Report on certain features of malaria in the island of Salsette
Disease focus: Malaria
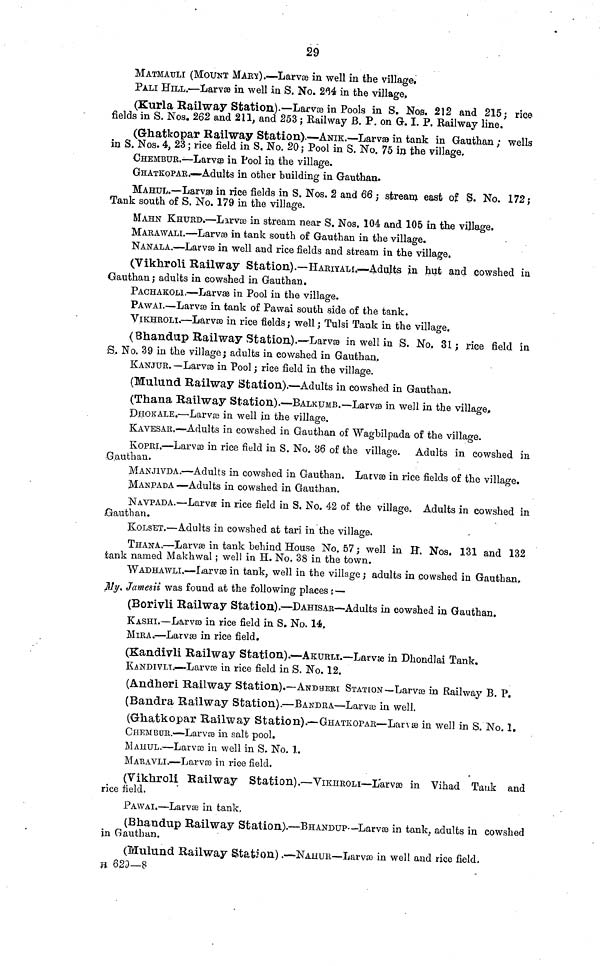
29
MATMAULI (MOUNT MART;).—Larvœ in well in the village,
PALI HILL.—Larvae in well in S. No. 234 in the village,
(Kurla Railway Station).—Larvae in Pools in S. Nog. 212 and 215 ; rice
fields in S. Nos. 262 and 211, and 253 ; Railway B. P. on G-. I. P. Railway line.
(Ghatkopar K ail way Station).—ANIK.—Larva in tank in Gauthan ; wells
in S. Nos. 4, 23 ; rice field in S. No. 20 ; Pool in S. No. 75 in the village,
CHEMBUR.—Larvae in Pool in the village.
GHATKOPAR.—Adults in other building in Gauthan.
MAHUL.--Larvae in rice fields in S. Nos. 2 and 66 ; stream east of S. No. 172;
Tank south of S. No. 179 in the village.
MAHN KHURD.—Larvae in stream near S. Nos. 104 and 105 in the village.
MARAWALI.—Larvœ in tank south of Gauthan in the village.
NANALA.—Larvœ in well and rice fields and stream in the village.
(Vikhroli Railway Station).—HARIYALI.—Adujts in hut and cowshed in
Gauthan ; adults in cowshed in Gauthan.
PACHAKOLI,—Larvae in Pool in the village.
PA WAI.—Larvse in tank of Pawai south side of the tank.
VIKHROLI.—Larvae in rice fields ; well ; Tulsi Tank in the village.
(Bhandup Railway Station).--Larvœ in well in S. No. 81; rice field in
S. No. 39 in the village; adults in cowshed in Gauthan.
KANJUR. —Larvée in Pool ; rice field in the village.
(Mulund Railway Station).—Adults in cowshed in Gauthan.
(Thana Railway Station).—BALKUMB.—Larvae in well in the village,
DHOKALE.—Larvœ in well in the village.
KAVESAR.—Adults in cowshed in Gauthan of Wagbilpada of the village.
KOPRI.—Larvœ in rice field in S. No. 86 of the village. Adults in cowshed in
G.authan.
MANJIVDA.—Adults in cowshed in Gauthan. Larvse in rice fields of the village.
M AN PAD A —Adults in cowshed in Gauthan.
NAVPADA.—Larvse in rice field in S. No. 42 of the village. Adults in cowshed in
Gauthan.
KOLSET.—Adults in cowshed at tari in the village.
THANA.—Larvae in tank behind House No. 57 ; well in H. Nos. 131 and 132
tank named Makhwal ; well in H. No. 38 in the town.
WADHAWLI.—Larves in tank, well in the village ; adults in cowshed in Gauthan,
My. Jamesii was found at the following places : —
(Borivli Railway Station),—DAHISAR—Adults in cowshed in Gauthan.
KASHI.—Larvœ in rice field in S. No. 14.
MIRA.—Larvœ in rice field.
(Kandivli Railway Station).—AKURLÏ.—Larvœ in Dhondlai Tank.
KANDIVLI.—Larvae in rice field in S. No. 12.
(Andheri Railway Station).—ANDHERI STATION—Larvœ in Railway B. P.
(Bandra Railway Station).—BANDRA—Larvœ in well.
(Gkatkopar Railway Station).—GHATKOPAR—Larva in well in S. No. 1.
CHEMBUR.—Lar VÍB in salt pool,
MAHUL.—Larvœ in well in S. No. 1.
MAUAVLI.—Larvœ in rice field.
(Vikhroli Railway Station).—VIKHROLI—L'arvœ in Vihad Tank and
rice field.
PAWAI.—Larvœ in tank.
(Bhandup Railway Station).—BHANDUP—-Larvœ in tank, adults in cowshed
in Gauthan.
(Mulund Railway Station).—NAHUR—Larvœ in well and rice field.
n 623—8